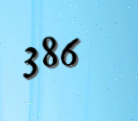
386